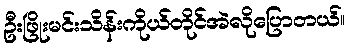
ဦးဖြိုးမင်းသိန်းကိုယ်တိုင်အဲလိုပြောတယ်။